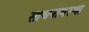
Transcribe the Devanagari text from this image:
साधनावस्था